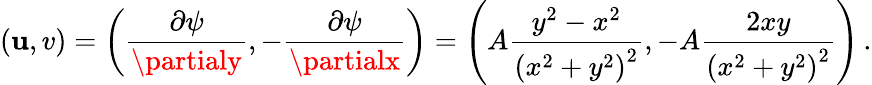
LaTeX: (\mathbf{u},v)=\left({\frac{{\partial\psi}}{{\partialy}}},-{\frac{{\partial\psi}}{{\partialx}}}\right)=\left(A{\frac{{y^{2}-x^{2}}}{{\left(x^{2}+y^{2}\right)^{2}}}},-A{\frac{{2xy}}{{\left(x^{2}+y^{2}\right)^{2}}}}\right)\, .